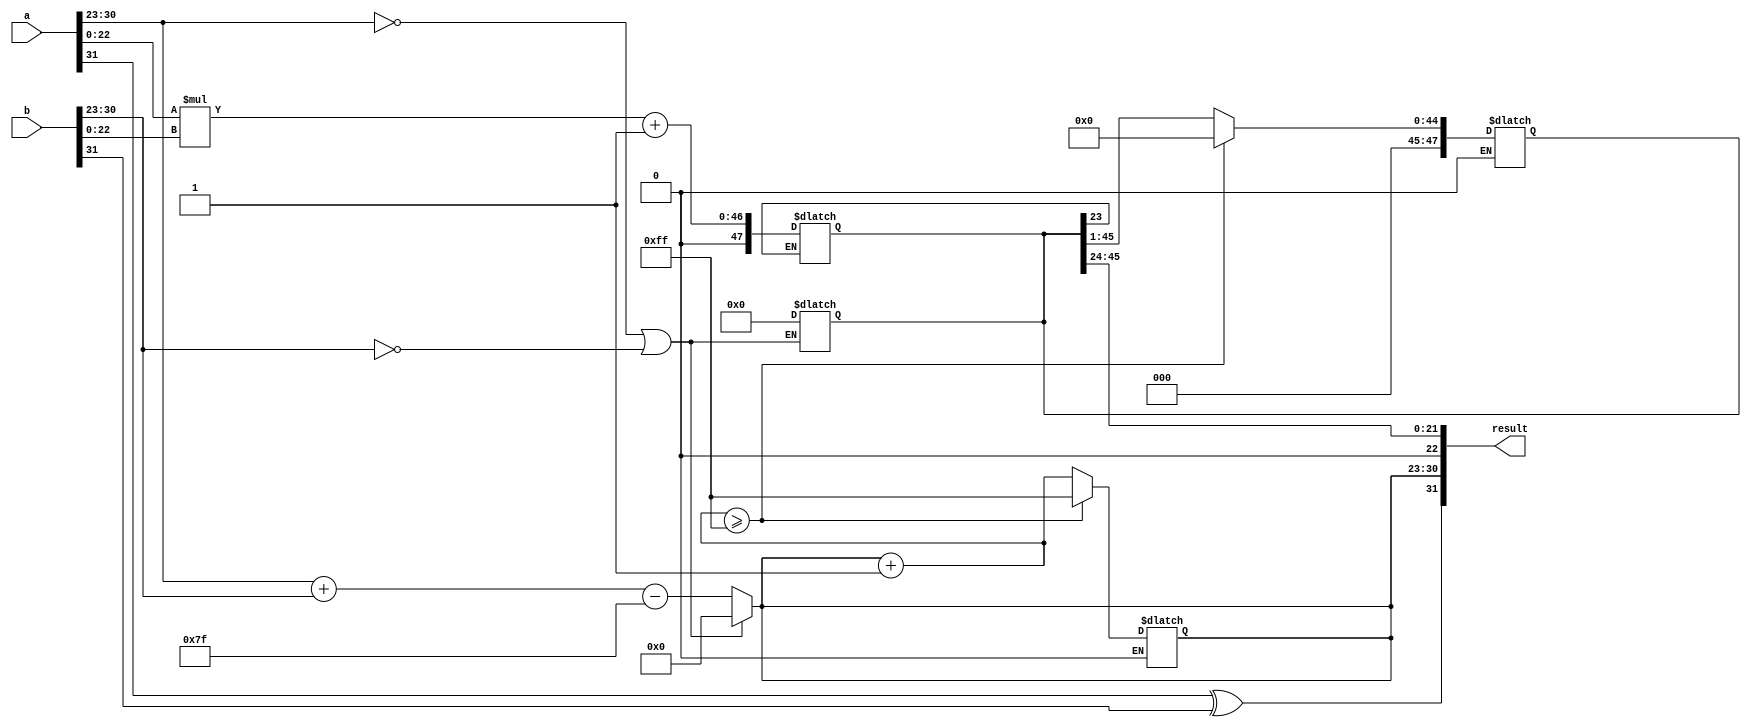
module floating_point_multiplier (
    input [31:0] a,  // First floating-point number
    input [31:0] b,  // Second floating-point number
    output reg [31:0] result  // Result of the multiplication
);

    // Define constants
    localparam BIAS = 8'd127; // Bias for single-precision

    // Internal signals
    wire sign_a, sign_b;
    wire [7:0] exponent_a, exponent_b;
    wire [22:0] significand_a, significand_b;
    reg [7:0] exponent_result;
    reg [47:0] significand_result; // 24 bits * 24 bits = 48 bits for full multiplication
    reg result_sign;

    // Extract components
    assign sign_a = a[31];
    assign exponent_a = a[30:23];
    assign significand_a = {1'b1, a[22:0]}; // Add implicit leading 1
    
    assign sign_b = b[31];
    assign exponent_b = b[30:23];
    assign significand_b = {1'b1, b[22:0]}; // Add implicit leading 1

    // Calculate the sign of the result
    always @(*) begin
        result_sign = sign_a ^ sign_b;
    end

    // Calculate the exponent of the result
    always @(*) begin
        if (exponent_a == 8'b0 || exponent_b == 8'b0) begin
            // Handle zero case
            exponent_result = 8'b0;
            significand_result = 48'b0;
        end else begin
            exponent_result = exponent_a + exponent_b - BIAS;
        end
    end

    // Perform significand multiplication
    always @(*) begin
        significand_result = significand_a * significand_b; // 1*24-bit multiplication
    end
    
    // Normalization logic
    always @(*) begin
        if (significand_result[47] == 1'b0) begin
            // Shift right if leading bit is zero
            significand_result = significand_result >> 1;
            exponent_result = exponent_result + 1;
        end
        // Ensure that exponent does not exceed bounds
        if (exponent_result >= 8'd255) begin
            exponent_result = 8'd255; // Overflow to infinity
            significand_result = 48'b0; // Zero significand for overflow case
        end
    end

    // Rounding logic (simple rounding to even)
    always @(*) begin
        if (significand_result[23] == 1'b1) begin // Check for rounding bit
            significand_result = significand_result + 1; // Round up
        end
    end

    // Assemble final result
    always @(*) begin
        result[31] = result_sign;
        result[30:23] = exponent_result;
        result[22:0] = significand_result[46:24]; // Take the top 23 bits of the significand
    end

endmodule